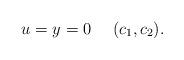
LaTeX: \begin{align*}u=y=0 \ \ \ \ (c_1,c_2).\end{align*}